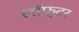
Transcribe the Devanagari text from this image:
लॉफ्टर